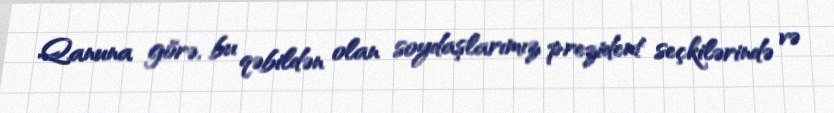
Qanuna görə, bu qəbildən olan soydaşlarımız prezident seçkilərində və